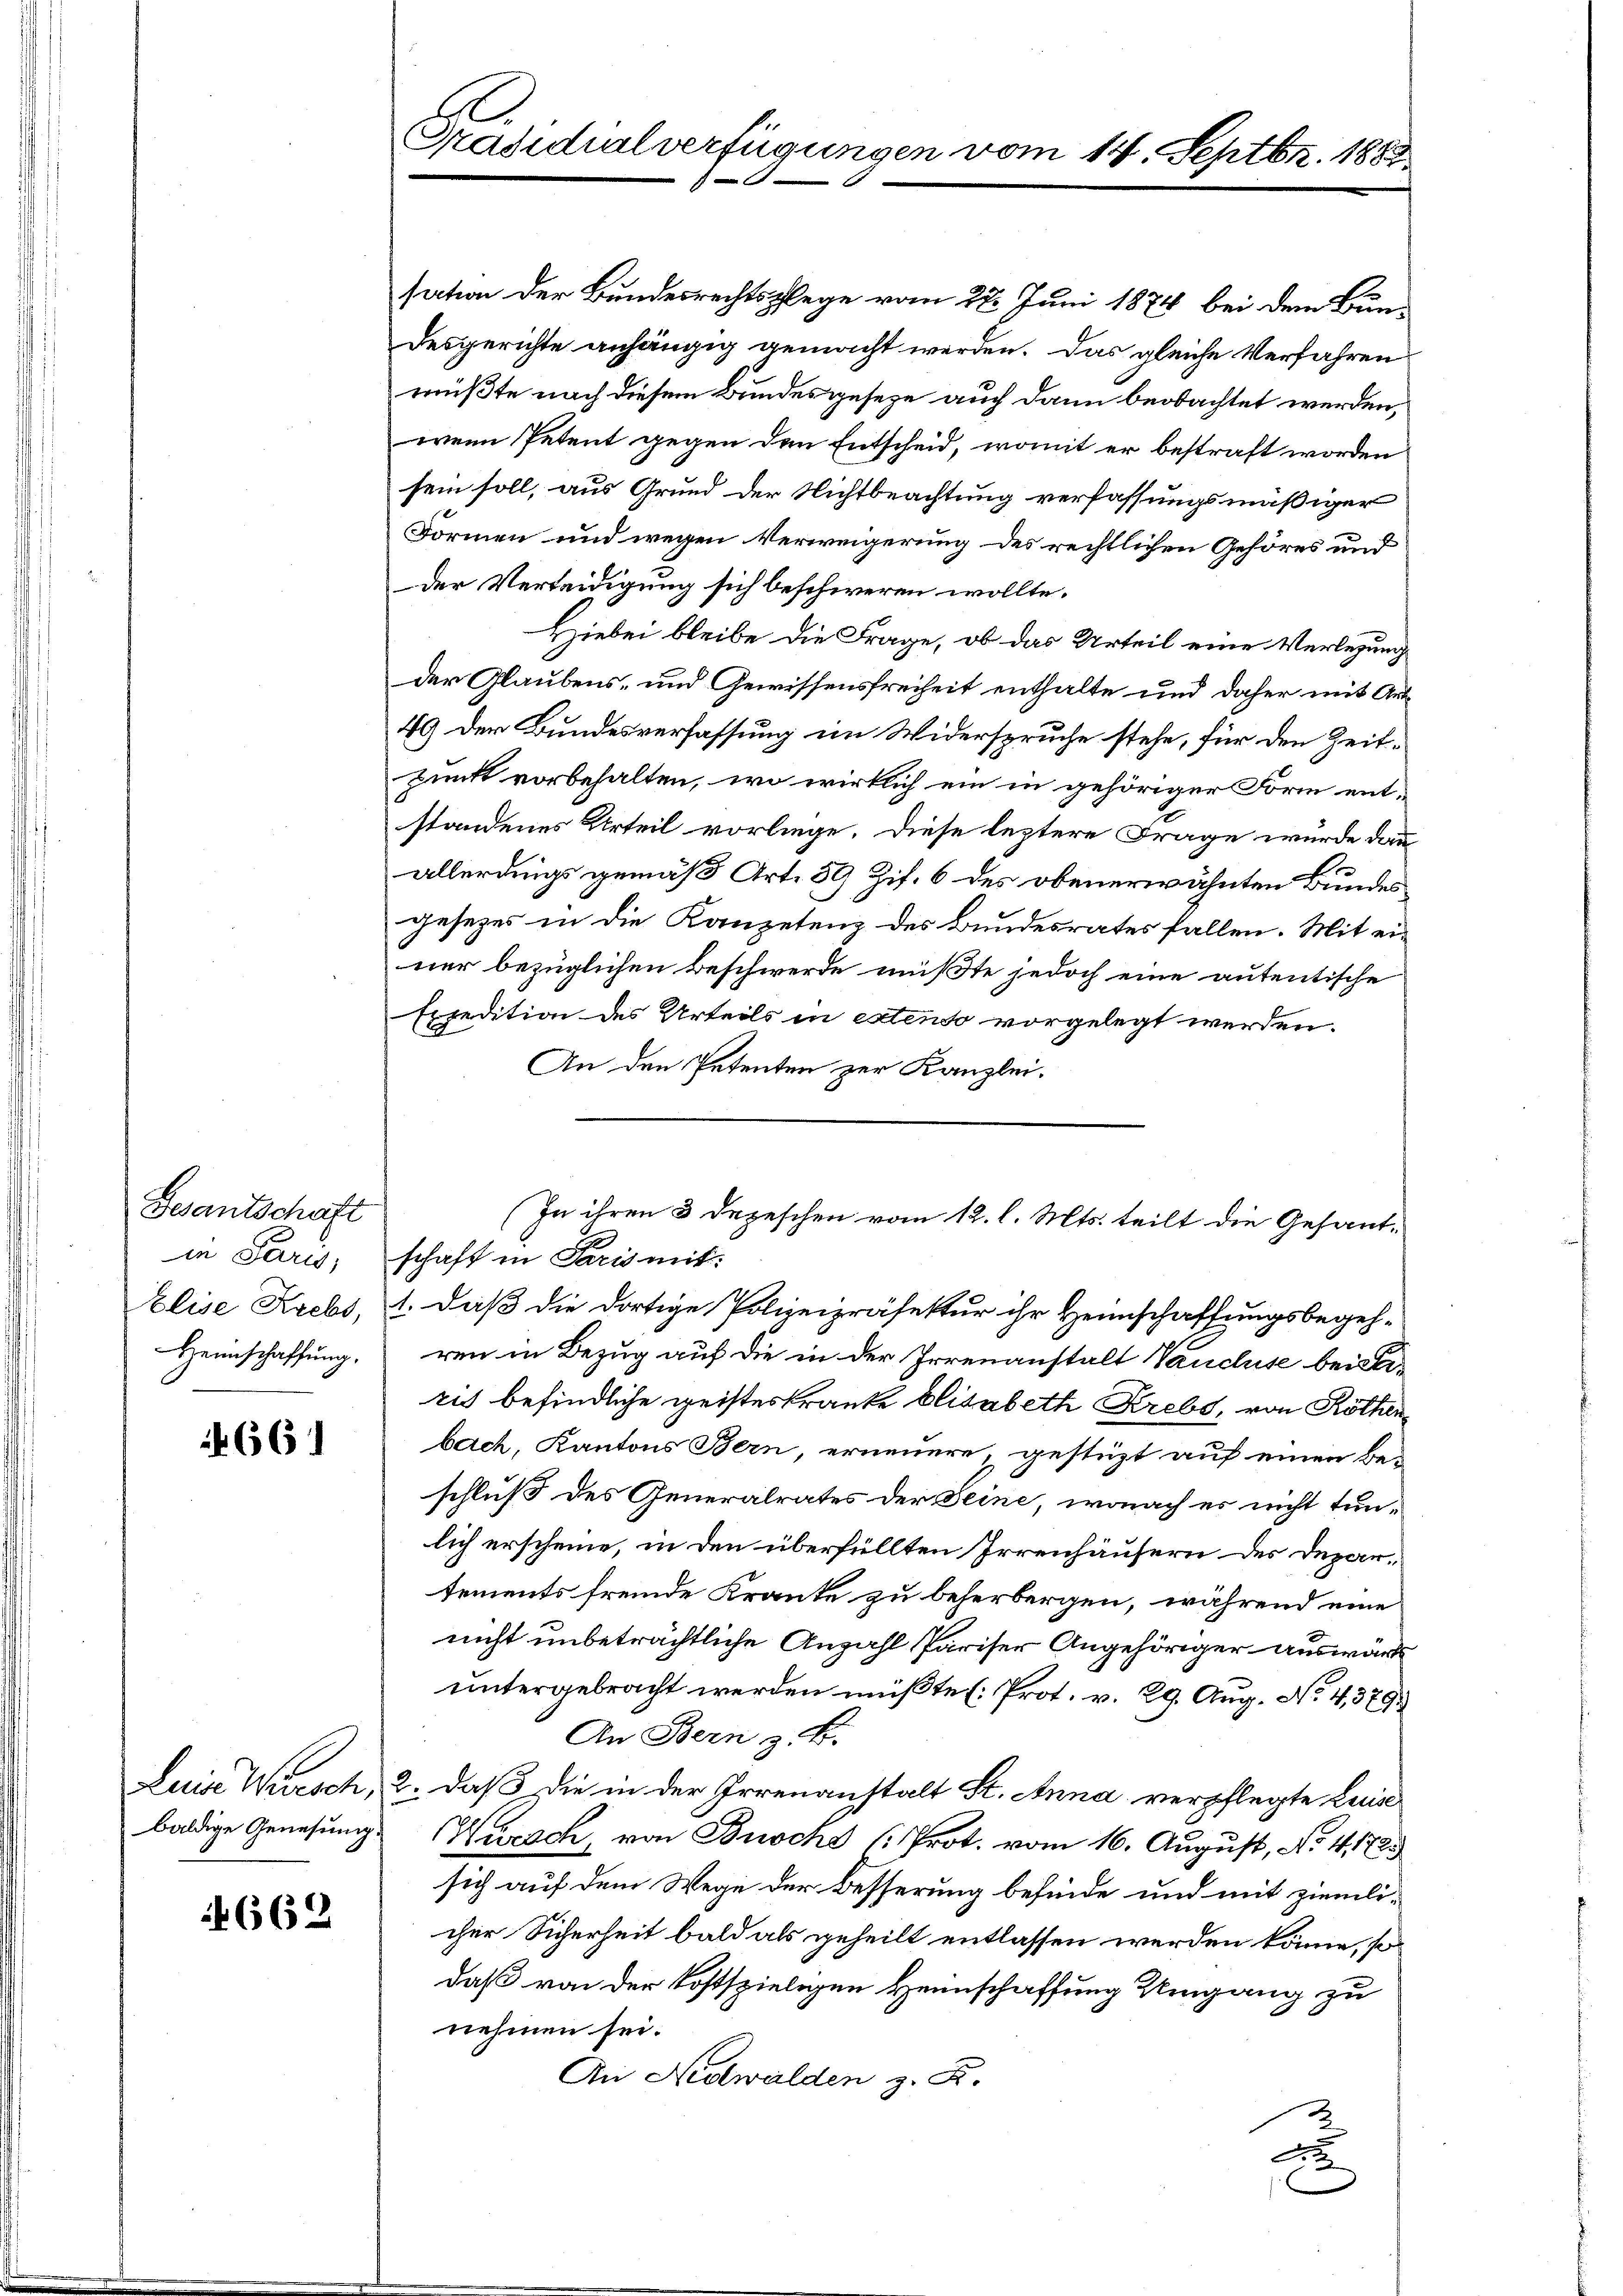
Gesantschaft
in Paris,

4661

sation der Bundesrechtspflege vom 22. Juni 1874 bei dem Bun-
desgerichte anhängig gemacht werden. Das gleiche Verfahren
müßte nach diesem Bundesgeseze auch dann beobachtet werden,
wenn Petent gegen den Entscheid, womit er bestraft worden
sein soll, aus Grund der Nichtbeachtung verfassungsmäßiger
Formen und wegen Verweigerung des rechtlichen Gehöres und
der Verteidigung sich beschweren wollte.
Hiebei bleibe die Frage, ob das Urteil eine Verlegung
der Glaubens- und Gewissensfreiheit enthalte und daher mit Ant¬
49 der Bundesverfassung im Widerspruche stehe, für den Zeitpunkt vorbehalten, wo wirklich ein in gehöriger Form entstandenes Urteil vorliege. Diese leztere Frage wurde dan
.
allerdings gemäß Art. 89 Zif. 6 des obenerwähnten Bundesgesezes in die Kanzetenz des Bundesrates fallen. Mit einer bezüglichen Beschwerde müßte jedoch eine autentische
Expedition des Urteils in extenso vorgelegt werden.
An den Petenten zur Kanzlei.
schaft in Paris mit
Elise Krebs, 1. daß die dortige Polizeipräfektur ihr Heimschaffungsbegeh¬
Heimschaffung. Den in Bezug auf die in der Irrenanstalt Vancluse beid
ris befindliche geisteskranke Elisabeth Krebs, von Röthen
bach, Kantons Bern, erneuere, gestüzt auf einen Be-
schluß des Generalrates der Seine, wonach es nicht tunlich erscheine, in den überfüllten Irrenhäusern des Departements fremde Kranke zu beherbergen, während eine
nicht unbeträchtliche Anzahl Pariser Angehöriger auswärts
untergebracht werden müßte (Prot. v. 29. Aug. No 4,379.
An Bern z. B.
Luise Wirtsch, 2. daß die in der Irrenanstalt St. Anna verpflegte Leid
baldige Genesung Kuzach, von Broche (Prot. vom 16. August, No. 41723
sich auf dem Wege der Besserung befinde und mit ziemlicher Sicherheit bald als geheilt entlassen werden könne, so
daß von der kostspieligen Heimschaffung Umgang zu
nehmen sei.
An Nidwalden z. R.
A

662

Präsidialverfügungen vom 14. Septbr. 1883

(In ihren 3 Depeschen vom 12. l. Mts. teilt die Gesant¬